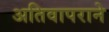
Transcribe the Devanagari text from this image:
अतिवापराने